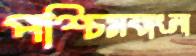
পশ্চিমবাংলা